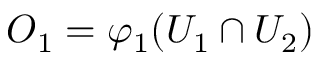
O _ { 1 } = \varphi _ { 1 } ( U _ { 1 } \cap U _ { 2 } )